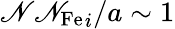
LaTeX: {{\mathscr{N}\mathscr{N}_{\mathrm{{Fe}}}}_{i}}/a\sim1